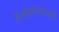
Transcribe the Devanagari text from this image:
वीजपुरवठय़ासाठी